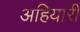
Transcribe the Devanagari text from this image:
अहियारी